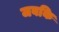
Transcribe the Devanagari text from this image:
जबकि